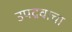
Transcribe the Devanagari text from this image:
उपद्रवाचा